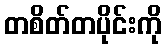
တစိတ်တပိုင်းကို